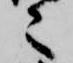
々